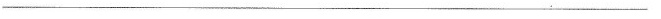
_____________________________________________________________________________________